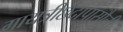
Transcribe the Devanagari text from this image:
गायत्रीछंदापासौनी